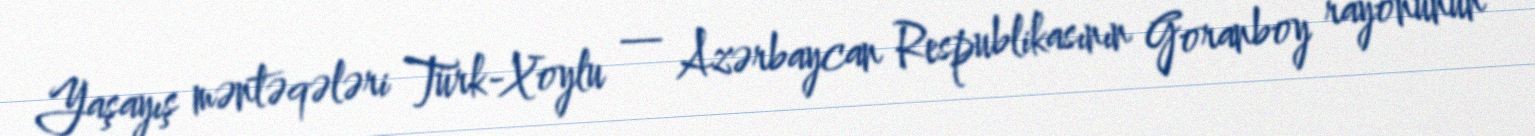
Yaşayış məntəqələri Türk-Xoylu — Azərbaycan Respublikasının Goranboy rayonunun